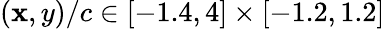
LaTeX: (\mathbf{x},y)/c\in[-1.4,4]\times[-1.2,1.2]